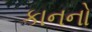
કાનનો